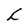
Character: L